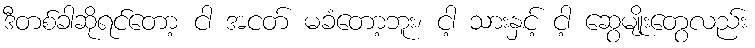
ဒီတစ်ခါဆိုရင်တော့ ငါ အငတ် မခံတော့ဘူး၊ ငါ့ သားနှင့် ငါ့ ဆွေမျိုးတွေလည်း